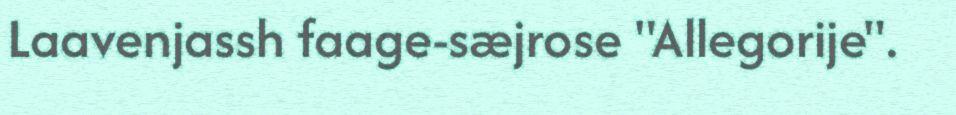
Laavenjassh faage-sæjrose "Allegorije".